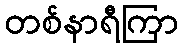
တစ်နာရီကြာ